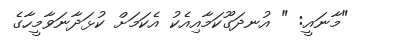
"މާނައީ: " އުނދަގޫކަމާއިއެކު އެކަމަށް ކުޅަދާނަވާމީހާގެ